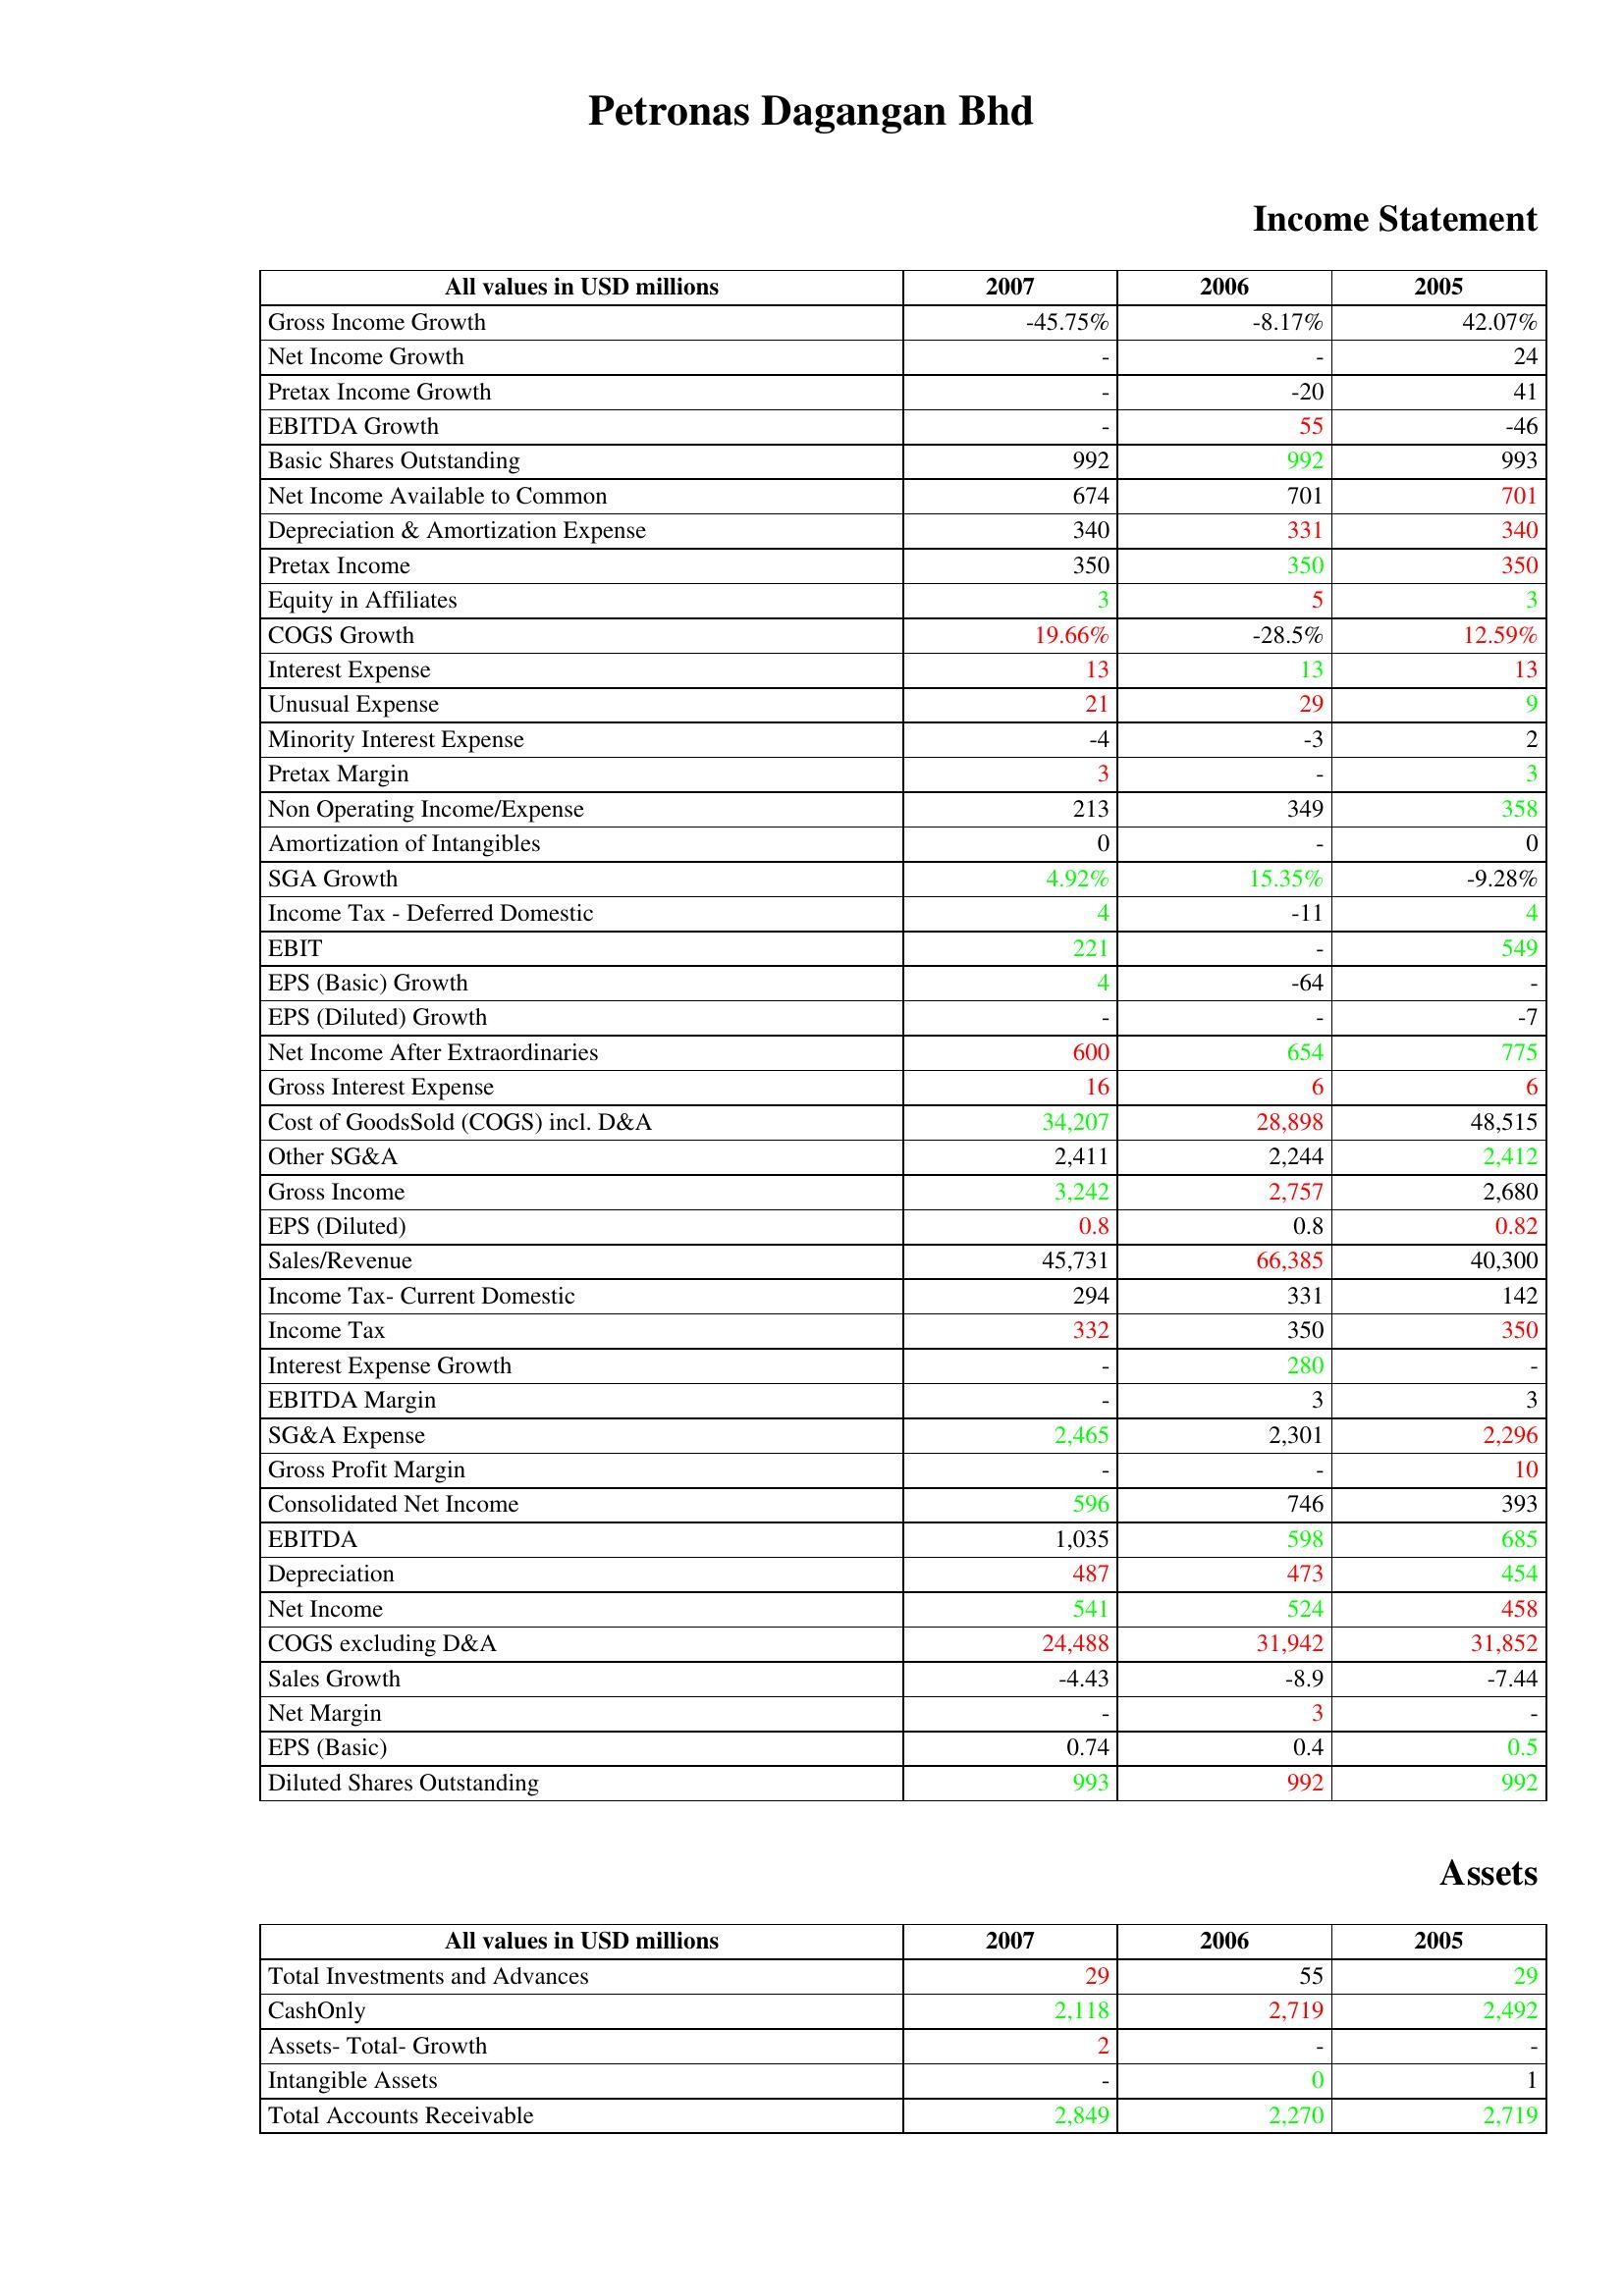
gt_parse: 2007: Income Statement: Gross Income Growth: -45.75%
Net Income Growth: -
Pretax Income Growth: -
EBITDA Growth: -
Basic Shares Outstanding: 992
Net Income Available to Common: 674
Depreciation & Amortization Expense: 340
Pretax Income: 350
Equity in Affiliates: 3
COGS Growth: 19.66%
Interest Expense: 13
Unusual Expense: 21
Minority Interest Expense: -4
Pretax Margin: 3
Non Operating Income/Expense: 213
Amortization of Intangibles: 0
SGA Growth: 4.92%
Income Tax - Deferred Domestic: 4
EBIT: 221
EPS (Basic) Growth: 4
EPS (Diluted) Growth: -
Net Income After Extraordinaries: 600
Gross Interest Expense: 16
Cost of GoodsSold (COGS) incl. D&A: 34,207
Other SG&A: 2,411
Gross Income: 3,242
EPS (Diluted): 0.8
Sales/Revenue: 45,731
Income Tax- Current Domestic: 294
Income Tax: 332
Interest Expense Growth: -
EBITDA Margin: -
SG&A Expense: 2,465
Gross Profit Margin: -
Consolidated Net Income: 596
EBITDA: 1,035
Depreciation: 487
Net Income: 541
COGS excluding D&A: 24,488
Sales Growth: -4.43
Net Margin: -
EPS (Basic): 0.74
Diluted Shares Outstanding: 993
Assets: Total Investments and Advances: 29
CashOnly: 2,118
Assets- Total- Growth: 2
Intangible Assets: -
Total Accounts Receivable: 2,849
2006: Income Statement: Gross Income Growth: -8.17%
Net Income Growth: -
Pretax Income Growth: -20
EBITDA Growth: 55
Basic Shares Outstanding: 992
Net Income Available to Common: 701
Depreciation & Amortization Expense: 331
Pretax Income: 350
Equity in Affiliates: 5
COGS Growth: -28.5%
Interest Expense: 13
Unusual Expense: 29
Minority Interest Expense: -3
Pretax Margin: -
Non Operating Income/Expense: 349
Amortization of Intangibles: -
SGA Growth: 15.35%
Income Tax - Deferred Domestic: -11
EBIT: -
EPS (Basic) Growth: -64
EPS (Diluted) Growth: -
Net Income After Extraordinaries: 654
Gross Interest Expense: 6
Cost of GoodsSold (COGS) incl. D&A: 28,898
Other SG&A: 2,244
Gross Income: 2,757
EPS (Diluted): 0.8
Sales/Revenue: 66,385
Income Tax- Current Domestic: 331
Income Tax: 350
Interest Expense Growth: 280
EBITDA Margin: 3
SG&A Expense: 2,301
Gross Profit Margin: -
Consolidated Net Income: 746
EBITDA: 598
Depreciation: 473
Net Income: 524
COGS excluding D&A: 31,942
Sales Growth: -8.9
Net Margin: 3
EPS (Basic): 0.4
Diluted Shares Outstanding: 992
Assets: Total Investments and Advances: 55
CashOnly: 2,719
Assets- Total- Growth: -
Intangible Assets: 0
Total Accounts Receivable: 2,270
2005: Income Statement: Gross Income Growth: 42.07%
Net Income Growth: 24
Pretax Income Growth: 41
EBITDA Growth: -46
Basic Shares Outstanding: 993
Net Income Available to Common: 701
Depreciation & Amortization Expense: 340
Pretax Income: 350
Equity in Affiliates: 3
COGS Growth: 12.59%
Interest Expense: 13
Unusual Expense: 9
Minority Interest Expense: 2
Pretax Margin: 3
Non Operating Income/Expense: 358
Amortization of Intangibles: 0
SGA Growth: -9.28%
Income Tax - Deferred Domestic: 4
EBIT: 549
EPS (Basic) Growth: -
EPS (Diluted) Growth: -7
Net Income After Extraordinaries: 775
Gross Interest Expense: 6
Cost of GoodsSold (COGS) incl. D&A: 48,515
Other SG&A: 2,412
Gross Income: 2,680
EPS (Diluted): 0.82
Sales/Revenue: 40,300
Income Tax- Current Domestic: 142
Income Tax: 350
Interest Expense Growth: -
EBITDA Margin: 3
SG&A Expense: 2,296
Gross Profit Margin: 10
Consolidated Net Income: 393
EBITDA: 685
Depreciation: 454
Net Income: 458
COGS excluding D&A: 31,852
Sales Growth: -7.44
Net Margin: -
EPS (Basic): 0.5
Diluted Shares Outstanding: 992
Assets: Total Investments and Advances: 29
CashOnly: 2,492
Assets- Total- Growth: -
Intangible Assets: 1
Total Accounts Receivable: 2,719